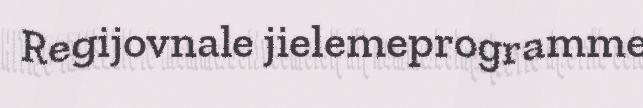
Regijovnale jielemeprogramme